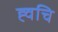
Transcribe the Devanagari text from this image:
ह्वचि